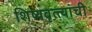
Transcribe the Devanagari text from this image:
शिष्यवृत्त्यांची